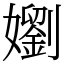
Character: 嬼